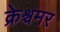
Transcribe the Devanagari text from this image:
क्रेश्चमर